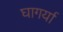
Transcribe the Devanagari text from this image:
घागर्या